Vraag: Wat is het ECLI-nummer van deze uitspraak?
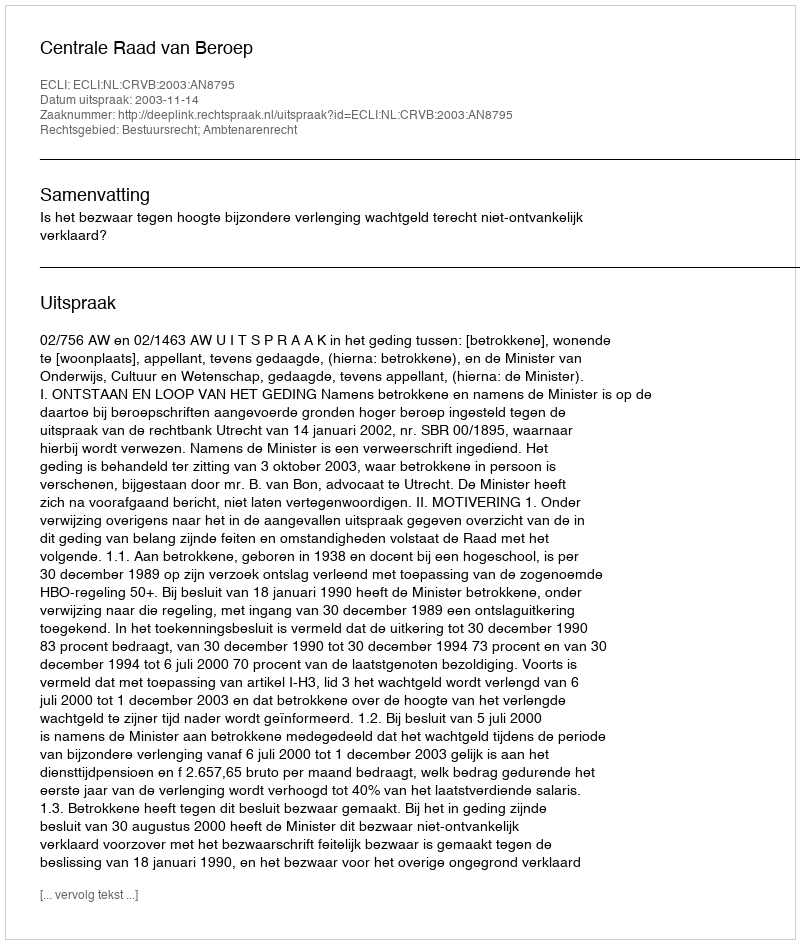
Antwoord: ECLI:NL:CRVB:2003:AN8795